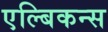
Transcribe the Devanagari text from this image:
एल्बिकन्स